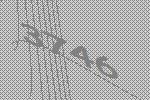
3746